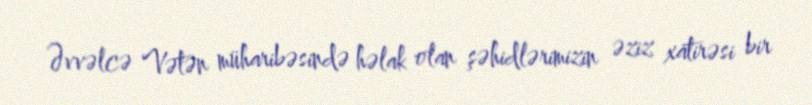
Əvvəlcə Vətən müharibəsində həlak olan şəhidlərimizin əziz xatirəsi bir